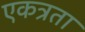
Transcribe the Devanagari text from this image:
एकत्रता